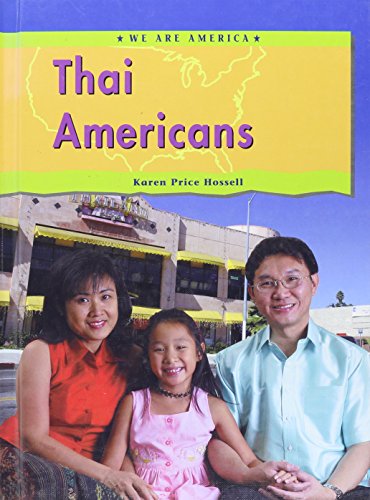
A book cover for Thai Americans (We Are America); Karen Price-Hossell; Children's Books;